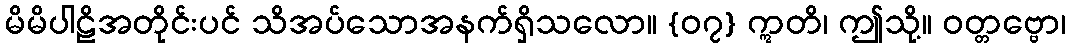
မိမိပါဠိအတိုင်းပင် သိအပ်သောအနက်ရှိသလော။ {၀၇} ဣတိ၊ ဤသို့။ ဝတ္တဗ္ဗော၊